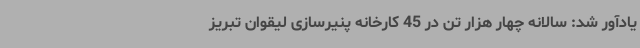
یادآور شد: سالانه چهار هزار تن در 45 کارخانه پنیرسازی لیقوان تبریز